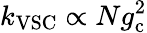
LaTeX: k_{\mathrm{VSC}}\propto Ng_{\mathrm{c}}^{2}